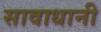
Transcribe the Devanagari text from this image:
सावाधानी